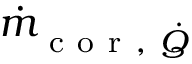
\dot { m } _ { \mathrm { ~ c ~ o ~ r ~ , ~ } \dot { Q } }